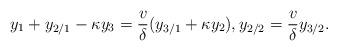
LaTeX: \begin{align*} y_{1}+y_{2/1}-\kappa y_{3}=\frac{v}{\delta}(y_{3/1}+\kappa y_{2}),y_{2/2}=\frac{v}{\delta}y_{3/2}. \end{align*}